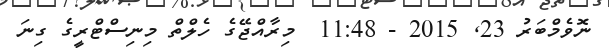
ނޮވެމްބަރު 23